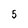
Character: 5